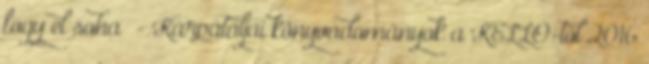
fogy el soha ”- Kárpátaljai könyvadományok a KELLÓ-tól 2016